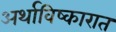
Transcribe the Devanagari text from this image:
अर्थाविष्कारात